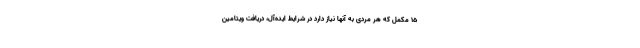
15 مکمل که هر مردی به آنها نیاز دارد در شرایط ایده‌آل، دریافت ویتامین